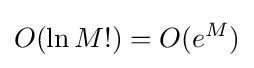
O(\ln M!)=O(e^{M})